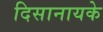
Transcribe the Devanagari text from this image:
दिसानायके